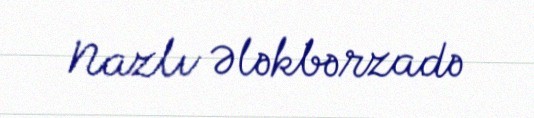
Nazlı Ələkbərzadə